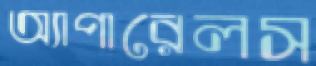
অ্যাপারেলস